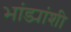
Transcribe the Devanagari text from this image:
भांड्यांशी